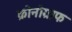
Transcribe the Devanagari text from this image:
क्रोनोग्राफ